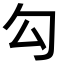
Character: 勾